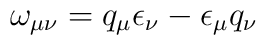
\omega_{\mu \nu} = q_{\mu}\epsilon_{\nu}-\epsilon_{\mu}q_{\nu}